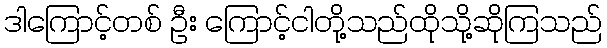
ဒါကြောင့်တစ် ဦး ကြောင့်ငါတို့သည်ထိုသို့ဆိုကြသည်